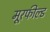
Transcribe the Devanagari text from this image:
मूरफील्ड